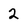
Character: 2